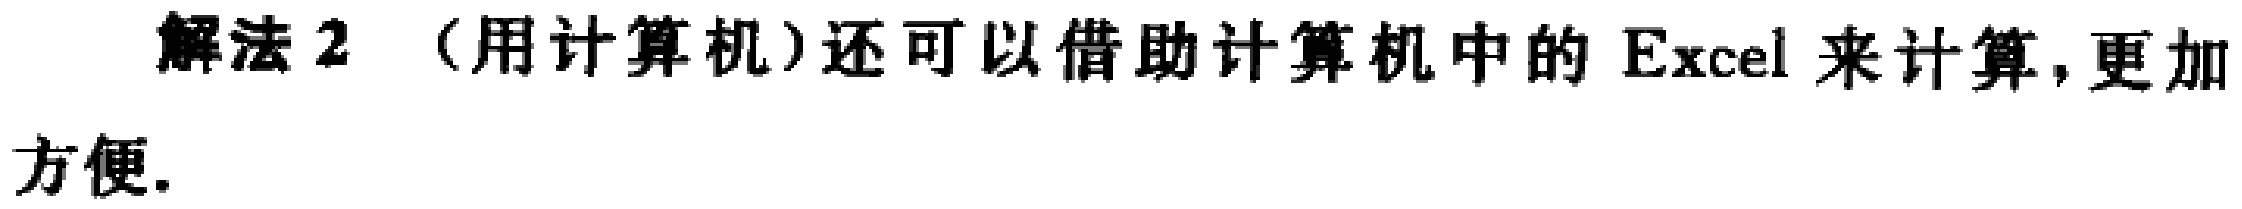
解法 2 （用计算机）还可以借助计算机中的 Excel 来计算,更加方便.